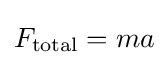
F_{\text{total}}=ma